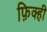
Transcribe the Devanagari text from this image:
फ़िक्ही